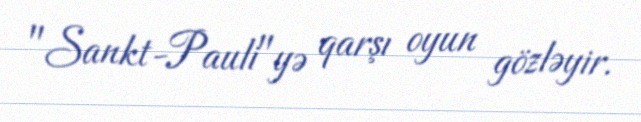
"Sankt-Pauli"yə qarşı oyun gözləyir.